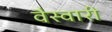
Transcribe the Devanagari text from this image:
वैस्वारी